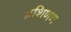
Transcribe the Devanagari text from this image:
प्रशिणण